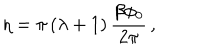
\eta = \pi \left( \lambda + 1 \right) \frac { \beta \phi _ { 0 } } { 2 \pi } \, ,